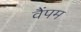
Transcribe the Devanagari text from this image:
वैंपम